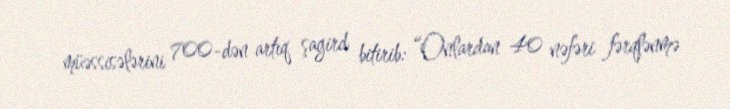
müəssisələrini 700-dən artıq şagird bitirib: “Onlardan 40 nəfəri fərqlənmə